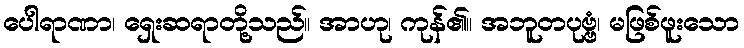
ပေါရာဏာ၊ ရှေးဆရာတို့သည်။ အာဟု၊ ကုန်၏။ အဘူတပုဗ္ဗံ၊ မဖြစ်ဖူးသော